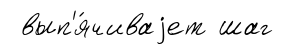
вып'я́чиваjет шаг